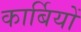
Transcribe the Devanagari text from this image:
कार्बियों